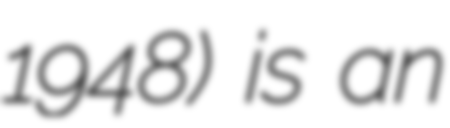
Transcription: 1948) is an